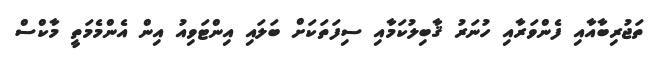
ތަޖުރިބާއާއި ފެންވަރާއި ހުނަރު ޤާބިލުކަމާއި ސިފަތަކަށް ބަލައި އިންޓަވިއު އިން އެންމެމަތީ މާކްސް